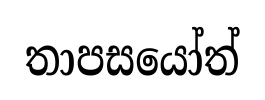
තාපසයෝත්